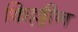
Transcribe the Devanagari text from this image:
किल्लीन